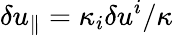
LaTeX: \delta u_{\parallel}=\kappa_{i}\delta u^{i}/\kappa